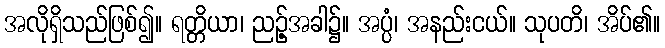
အလိုရှိသည်ဖြစ်၍။ ရတ္တိယာ၊ ညဉ့်အခါ၌။ အပ္ပံ၊ အနည်းငယ်။ သုပတိ၊ အိပ်၏။